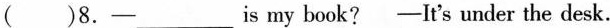
( )8.-——___is my bok? ——It's under the desk.